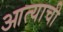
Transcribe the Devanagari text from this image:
आत्याची